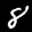
Label: 8